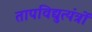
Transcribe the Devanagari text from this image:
तापविद्युत्यंत्रों